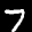
Label: 7